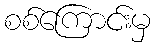
စစ်ကြောင်းမှ